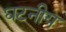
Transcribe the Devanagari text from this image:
घटनीय